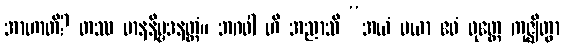
အာဟာတိ? တဿ မာနနိမ္မဒနတ္ထံ။ ဘဂဝါ ဟိ အညာသိ “အယံ မယာ ဧဝံ ဝုတ္တေ ကုဇ္ဈိတွာ